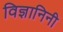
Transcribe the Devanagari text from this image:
विज्ञानिनी